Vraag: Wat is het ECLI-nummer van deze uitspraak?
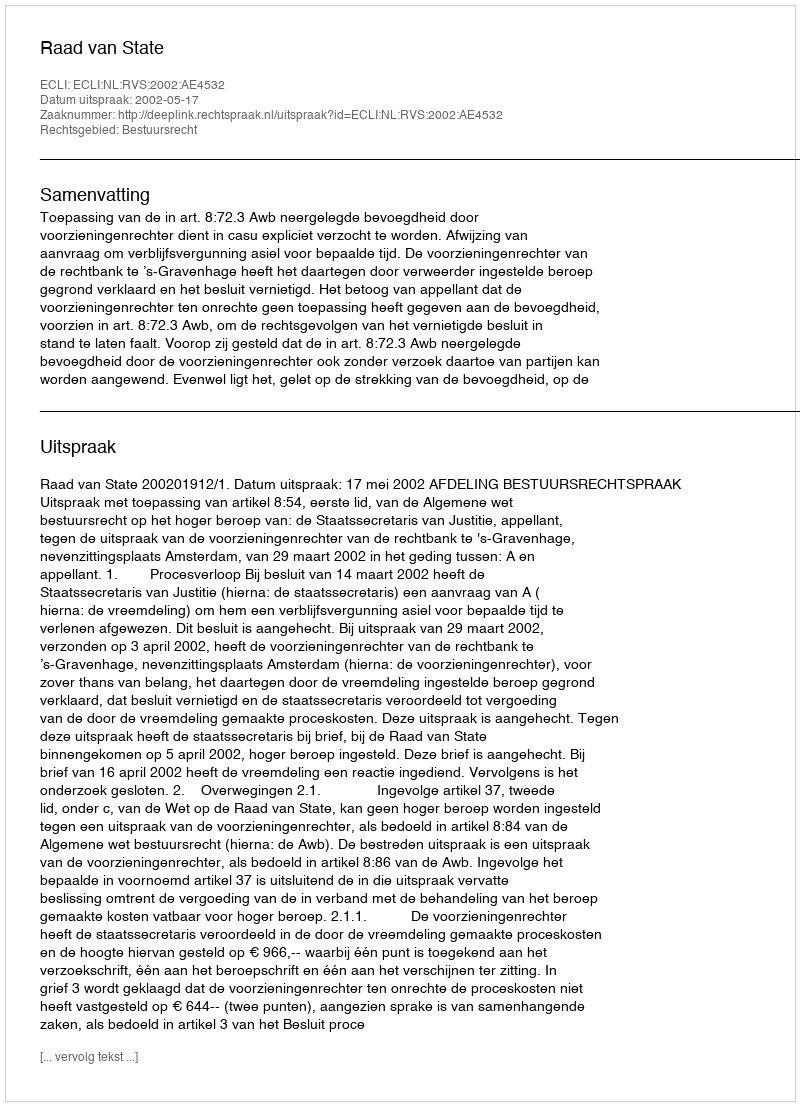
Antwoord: ECLI:NL:RVS:2002:AE4532